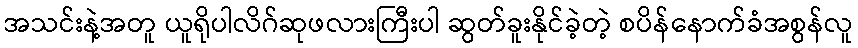
အသင်းနဲ့အတူ ယူရိုပါလိဂ်ဆုဖလားကြီးပါ ဆွတ်ခူးနိုင်ခဲ့တဲ့ စပိန်နောက်ခံအစွန်လူ